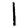
Digit: 1